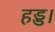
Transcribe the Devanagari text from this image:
हड्ड।